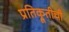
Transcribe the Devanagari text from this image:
प्रतिक्रूतीची